Indian journal of veterinary science and animal husbandry - Volume 5,
Year: 1935
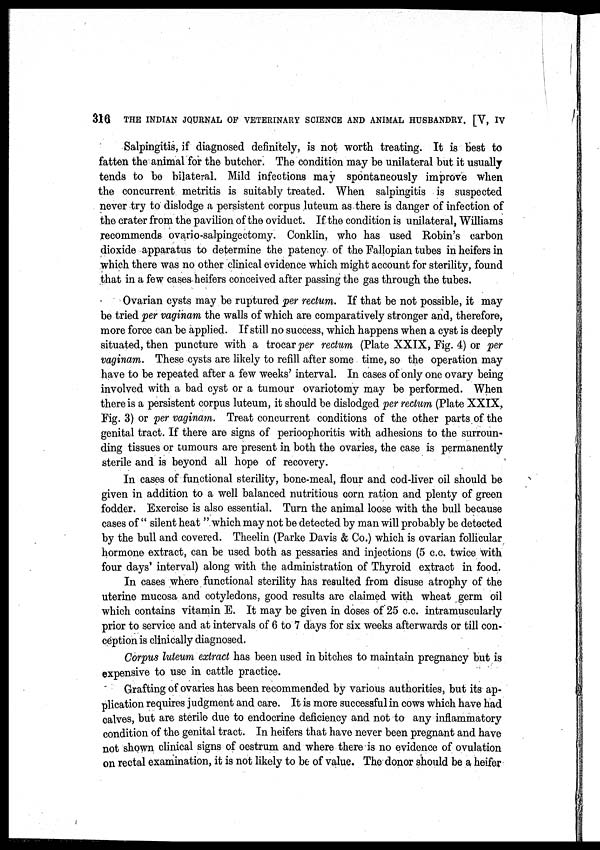
316
THE INDIAN JOURNAL OF VETERINARY SCIENCE AND ANIMAL HUSBANDRY. [V, IV
Salpingitis, if diagnosed definitely, is not worth treating. It is best to
fatten the animal for the butcher. The condition may be unilateral but it usually
tends to be bilateral. Mild infections may spontaneously improve when
the concurrent metritis is suitably treated. When salpingitis is suspected
never try to dislodge a persistent corpus luteum as there is danger of infection of
the crater from the pavilion of the oviduct. If the condition is unilateral, Williams
recommends ovario-salpingectomy. Conklin, who has used Robin's carbon
dioxide apparatus to determine the patency of the Fallopian tubes in heifers in
which there was no other clinical evidence which might account for sterility, found
that in a few cases heifers conceived after passing the gas through the tubes.
Ovarian cysts may be ruptured per rectum. If that be not possible, it may
be tried per vaginam the walls of which are comparatively stronger and, therefore,
more force can be applied. If still no success, which happens when a cyst is deeply
situated, then puncture with a trocar per rectum (Plate XXIX, Fig. 4) or per
vaginam. These cysts are likely to refill after some time, so the operation may
have to be repeated after a few weeks' interval. In cases of only one ovary being
involved with a bad cyst or a tumour ovariotomy may be performed. When
there is a persistent corpus luteum, it should be dislodged per rectum (Plate XXIX,
Fig. 3) or per vaginam. Treat concurrent conditions of the other parts of the
genital tract. If there are signs of perioophoritis with adhesions to the surroun-
ding tissues or tumours are present in both the ovaries, the case is permanently
sterile and is beyond all hope of recovery.
In cases of functional sterility, bone-meal, flour and cod-liver oil should be
given in addition to a well balanced nutritious corn ration and plenty of green
fodder. Exercise is also essential. Turn the animal loose with the bull because
cases of " silent heat " which may not be detected by man will probably be detected
by the bull and covered. Theelin (Parke Davis & Co.) which is ovarian follicular
hormone extract, can be used both as pessaries and injections (5 c.c. twice with
four days' interval) along with the administration of Thyroid extract in food.
In cases where functional sterility has resulted from disuse atrophy of the
uterine mucosa and cotyledons, good results are claimed with wheat germ oil
which contains vitamin E. It may be given in doses of 25 c.c. intramuscularly
prior to service and at intervals of 6 to 7 days for six weeks afterwards or till con-
ception is clinically diagnosed.
Corpus luteum extract has been used in bitches to maintain pregnancy but is
expensive to use in cattle practice.
Grafting of ovaries has been recommended by various authorities, but its ap-
plication requires judgment and care. It is more successful in cows which have had
calves, but are sterile due to endocrine deficiency and not to any inflammatory
condition of the genital tract. In heifers that have never been pregnant and have
not shown clinical signs of oestrum and where there is no evidence of ovulation
on rectal examination, it is not likely to be of value. The donor should be a heifer